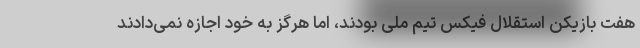
هفت بازیکن استقلال فیکس تیم ملی بودند، اما هرگز به خود اجازه نمی‌دادند